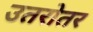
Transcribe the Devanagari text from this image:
उतरोतर